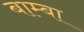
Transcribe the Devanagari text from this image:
बाम्बा